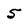
Character: 5